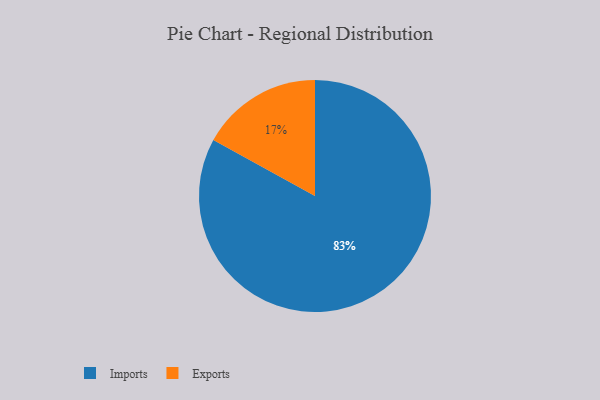
{"axis": {"x": "Category", "y": "Percentage"}, "legend": ["Exports", "Imports"], "data": [{"x": "Imports", "y": 83, "type": "Imports"}, {"x": "Exports", "y": 17, "type": "Exports"}]}